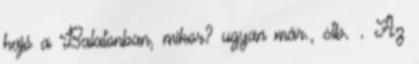
hajó a Balatonban, mikor? ugyan már., stb. . Az